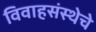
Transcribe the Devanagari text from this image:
विवाहसंस्थेचे